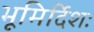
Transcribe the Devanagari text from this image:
भूमिर्दिशः